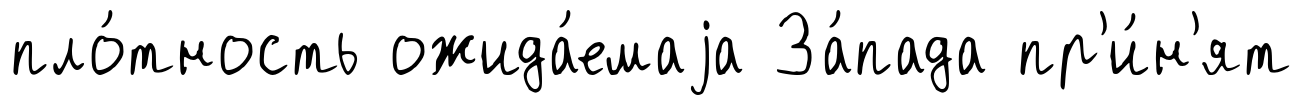
пло́тность ожида́емаjа За́пада пр'и́н'ят